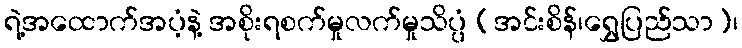
ရဲ့အထောက်အပံ့နဲ့ အစိုးရစက်မှုလက်မှုသိပ္ပံ (အင်းစိန်၊ရွှေပြည်သာ)၊